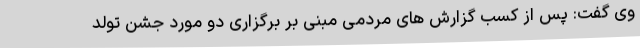
وی گفت: پس از کسب گزارش های مردمی مبنی بر برگزاری دو مورد جشن تولد